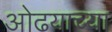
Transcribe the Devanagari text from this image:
ओढयाच्या